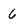
Character: 6